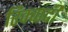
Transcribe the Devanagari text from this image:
रिक्वार्दी